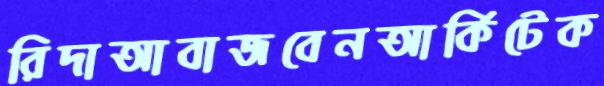
রিদাআবাজবেনআর্কিটেক